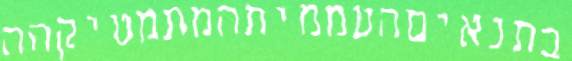
בתנאיםהעממיתהמתמטיקהה